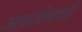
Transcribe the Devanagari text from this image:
महायोगाची